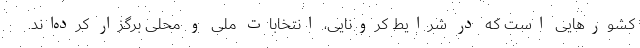
کشورهایی است که در شرایط کرونایی، انتخابات ملی و محلی برگزار کرده‌اند.